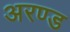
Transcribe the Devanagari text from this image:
अरण्ड